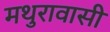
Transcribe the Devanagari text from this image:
मथुरावासी